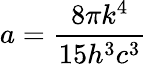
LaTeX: a=\frac{8\pi k^{4}}{15h^{3}c^{3}}